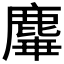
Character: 𪊩